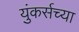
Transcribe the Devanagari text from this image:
युंकर्सच्या